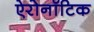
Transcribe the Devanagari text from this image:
ऐरोनॉटिक